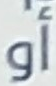
أو